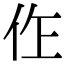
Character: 㑅